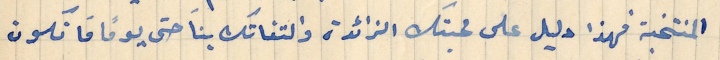
المنتخبة فهذا دليل على محبتك الزائدة والتفاتك بنَا حتى يومًا ما نكون